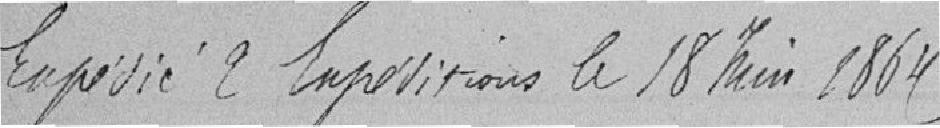
Expédié 2 Expéditions le 18 juin 1864